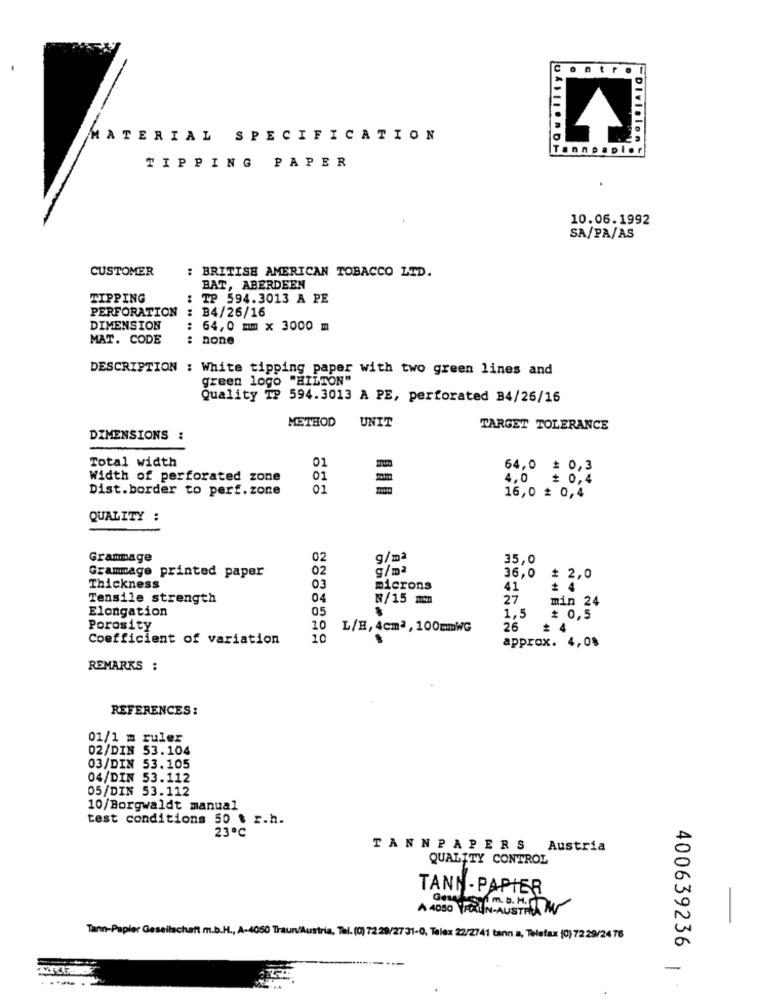
MATERIAL SPECIFICATION
Division
Tannpapier
TIPPING PAPER
10.06.1992
SA/PA/AS
CUSTOMER
: BRITISH AMERICAN TOBACCO LTD.
BAT, ABERDEEN
TIPPING
TP 594.3013 A PE
PERFORATION : B4/26/16
DIMENSION
64, 0 mm x 3000 m
MAT. CODE
.........
none
DESCRIPTION : White tipping paper with two green lines and
green logo "HILTON"
Quality TP 594.3013 A PE, perforated B4/26/16
METHOD
UNIT
TARGET TOLERANCE
DIMENSIONS :
Total width
01
64,0 = 0,3
Width of perforated zone
01
4,0
# 0,4
Dist.border to perf. zone
01
-
16,0 = 0,4
QUALITY :
Grammage
02
g/mª
35,0
g/mª
Grammage printed paper
02
36,0 # 2,0
Thickness
03
microns
41
# 4
Tensile strength
04
N/15 mm
27
min 24
Elongation
05
1,5
# 0,5
Porosity
10
L/H, 4cmª, 100mmWG
26
Coefficient of variation
10
approx. 4,0%
REMARKS :
REFERENCES:
01/1 m ruler
02/DIN 53.104
03/DIN 53.105
04/DIN 53.112
05/DIN 53.112
10/Borgwaldt manual
test conditions 50 \ r.h.
23℃
TANNPAPERS Austria
QUALITY CONTROL
TANN-PAPIER
A 4050 YROXLIN-AUSTHT N
Tann-Papier Gesellschaft m.b.H ., A-4050 Traun/Austria, Tel. (0) 72 29/27 31-0, Telex 22/2741 tann a, Telefax (0) 72 29/24 76
400639236
-